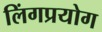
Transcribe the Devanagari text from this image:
लिंगप्रयोग